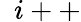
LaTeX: \ \ i++